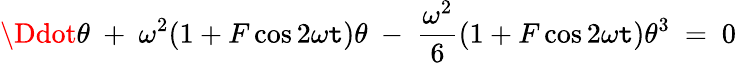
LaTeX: \Ddot{\theta}\ +\ \omega^{2}(1+F\cos2\omega\mathtt{t})\theta\ -\ \frac{{\omega^{2}}}{{6}}(1+F\cos2\omega\mathtt{t})\theta^{3}\ =\ 0